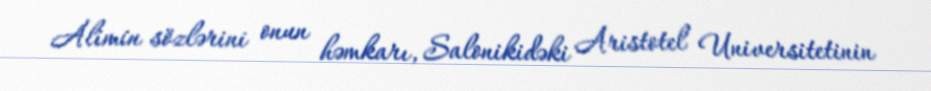
Alimin sözlərini onun həmkarı, Salonikidəki Aristotel Universitetinin